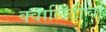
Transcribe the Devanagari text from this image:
क्वालिटीचा